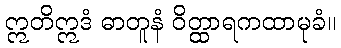
ဣတိဣဒံ ဓာတူနံ ဝိတ္ထာရကထာမုခံ။